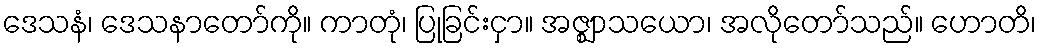
ဒေသနံ၊ ဒေသနာတော်ကို။ ကာတုံ၊ ပြုခြင်းငှာ။ အဇ္ဈာသယော၊ အလိုတော်သည်။ ဟောတိ၊